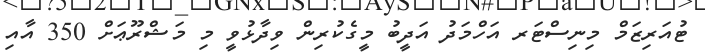
ޓުއަރިޒަމް މިނިސްޓަރ އަހްމަދު އަދީބު މީގެކުރިން ވިދާޅުވީ މި މަޝްރޫޢަށް 350 އާއި